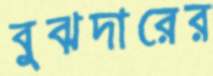
বুঝদারের